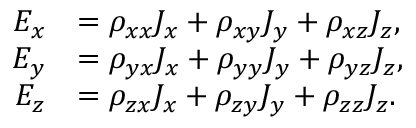
{ \begin{array} { r l } { E _ { x } } & { = \rho _ { x x } J _ { x } + \rho _ { x y } J _ { y } + \rho _ { x z } J _ { z } , } \\ { E _ { y } } & { = \rho _ { y x } J _ { x } + \rho _ { y y } J _ { y } + \rho _ { y z } J _ { z } , } \\ { E _ { z } } & { = \rho _ { z x } J _ { x } + \rho _ { z y } J _ { y } + \rho _ { z z } J _ { z } . } \end{array} }